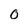
Character: O